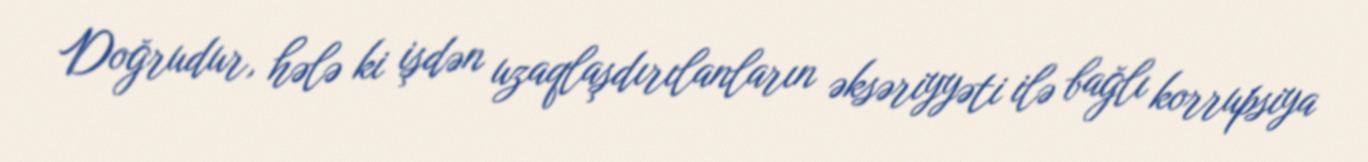
Doğrudur, hələ ki işdən uzaqlaşdırılanların əksəriyyəti ilə bağlı korrupsiya